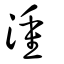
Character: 湩